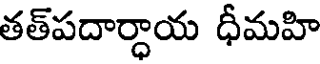
తత్పదార్ధాయ ధీమహి